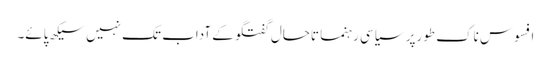
افسوس ناک طورپر سیاسی رہنما تاحال گفتگو کے آداب تک نہیں سیکھ پائے۔